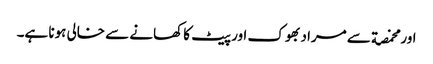
اور مخمصة سے مراد بھوک اور پیٹ کا کھانے سے خالی ہونا ہے۔